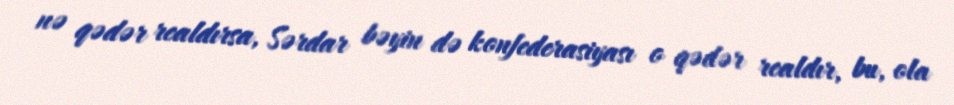
nə qədər realdırsa, Sərdar bəyin də konfederasiyası o qədər realdır, bu, ola